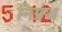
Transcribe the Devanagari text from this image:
निग्रंथ